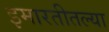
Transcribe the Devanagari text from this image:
इमारतीतल्या